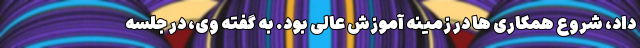
داد، شروع همکاری‌ ها در زمینه آموزش عالی بود. به گفته وی، در جلسه